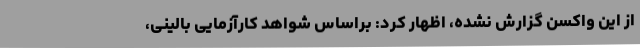
از این واکسن گزارش نشده، اظهار کرد: براساس شواهد کارآزمایی بالینی،